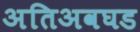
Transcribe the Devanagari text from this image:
अतिअवघड